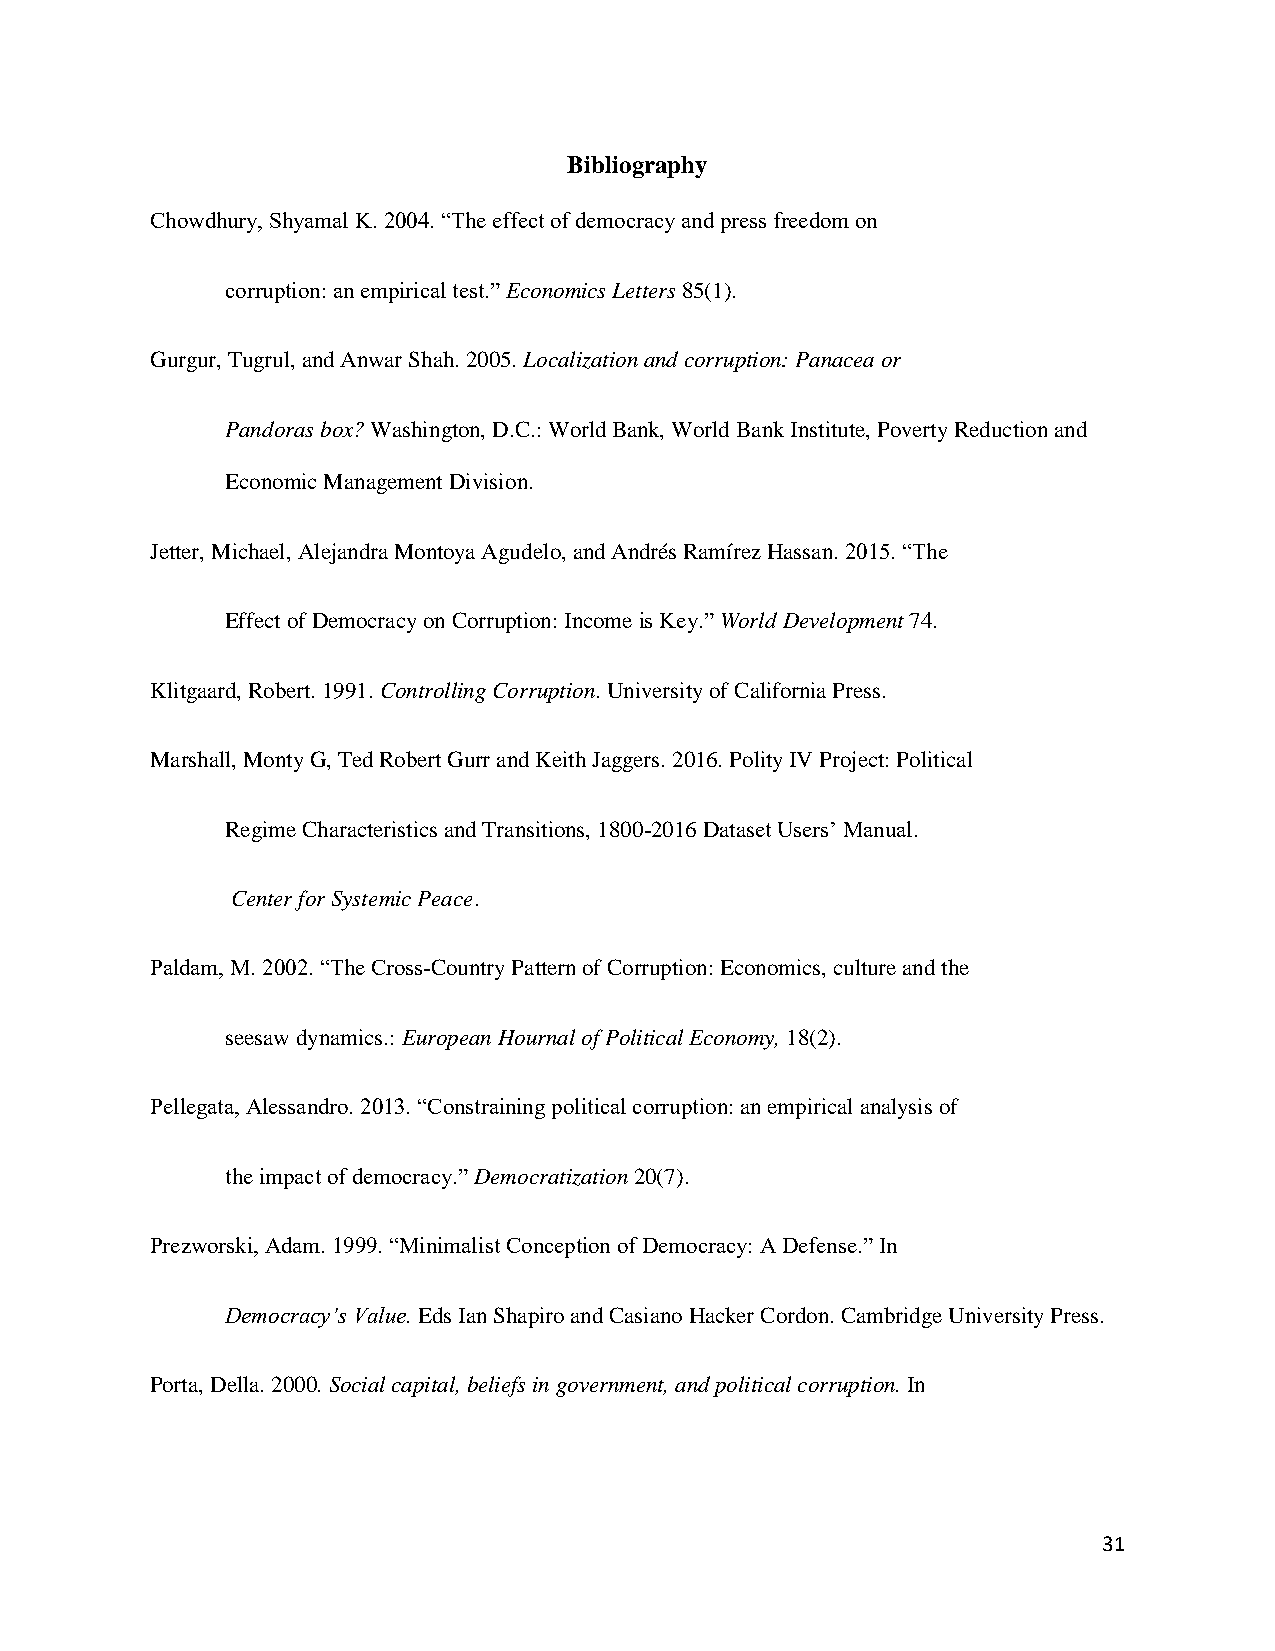
Bibliography
 Chowdhury, Shyamal K. 2004. “The effect of democracy and press freedom on
 corruption: an empirical test.” Economics Letters 85(1).
 Gurgur, Tugrul, and Anwar Shah. 2005. Localization and corruption: Panacea or
 Pandoras box? Washington, D.C.: World Bank, World Bank Institute, Poverty Reduction and
 Economic Management Division.
 Jetter, Michael, Alejandra Montoya Agudelo, and Andrés Ramírez Hassan. 2015. “The
 Effect of Democracy on Corruption: Income is Key.” World Development 74.
 Klitgaard, Robert. 1991. Controlling Corruption. University of California Press.
 Marshall, Monty G, Ted Robert Gurr and Keith Jaggers. 2016. Polity IV Project: Political
 Regime Characteristics and Transitions, 1800-2016 Dataset Users’ Manual.
 Center for Systemic Peace.
 Paldam, M. 2002. “The Cross-Country Pattern of Corruption: Economics, culture and the
 seesaw dynamics.: European Hournal of Political Economy, 18(2).
 Pellegata, Alessandro. 2013. “Constraining political corruption: an empirical analysis of
 the impact of democracy.” Democratization 20(7).
 Prezworski, Adam. 1999. “Minimalist Conception of Democracy: A Defense.” In
 Democracy’s Value. Eds Ian Shapiro and Casiano Hacker Cordon. Cambridge University Press.
 Porta, Della. 2000. Social capital, beliefs in government, and political corruption. In
 31